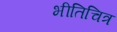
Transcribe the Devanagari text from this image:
भीतिचित्र